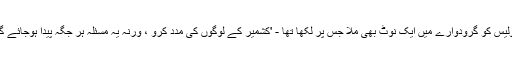
پولیس کو گرودوارے میں ایک نوٹ بھی ملا جس پر لکھا تھا - 'کشمیر کے لوگوں کی مدد کرو ، ورنہ یہ مسئلہ ہر جگہ پیدا ہوجائے گا۔